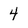
Character: 4